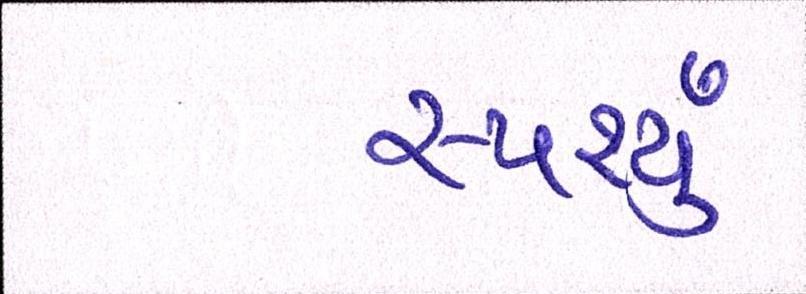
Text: સ્પર્શ્યું